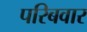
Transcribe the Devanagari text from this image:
परिबवार